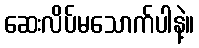
ဆေးလိပ်မသောက်ပါနဲ့။